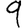
Digit: 9